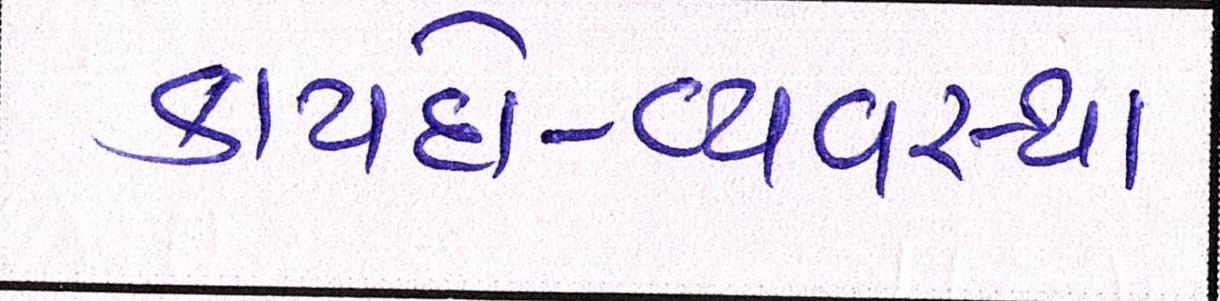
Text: કાયદો-વ્યવસ્થા